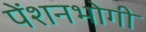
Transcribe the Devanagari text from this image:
पेंशनभोगी